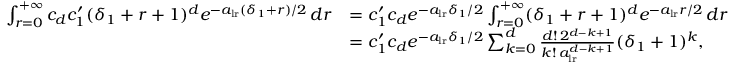
\begin{array} { r l } { \int _ { r = 0 } ^ { + \infty } c _ { d } c _ { 1 } ^ { \prime } ( \delta _ { 1 } + r + 1 ) ^ { d } e ^ { - a _ { \mathrm { l r } } ( \delta _ { 1 } + r ) / 2 } \, d r } & { = c _ { 1 } ^ { \prime } c _ { d } e ^ { - a _ { \mathrm { l r } } \delta _ { 1 } / 2 } \int _ { r = 0 } ^ { + \infty } ( \delta _ { 1 } + r + 1 ) ^ { d } e ^ { - a _ { \mathrm { l r } } r / 2 } \, d r } \\ & { = c _ { 1 } ^ { \prime } c _ { d } e ^ { - a _ { \mathrm { l r } } \delta _ { 1 } / 2 } \sum _ { k = 0 } ^ { d } \frac { d ! \, 2 ^ { d - k + 1 } } { k ! \, a _ { \mathrm { l r } } ^ { d - k + 1 } } ( \delta _ { 1 } + 1 ) ^ { k } , } \end{array}